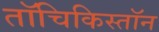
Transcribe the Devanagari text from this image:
तॉचिकिस्तॉन